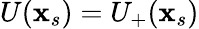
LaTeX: U(\mathbf{x}_{s})=U_{+}(\mathbf{x}_{s})